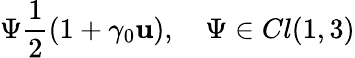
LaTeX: \Psi\frac{1}{2}(1+\gamma_{0}{\mathbf u}),\quad\Psi\in Cl(1,3)